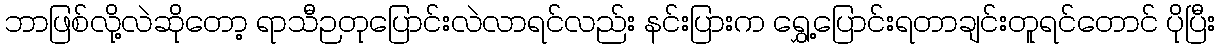
ဘာဖြစ်လို့လဲဆိုတော့ ရာသီဉတုပြောင်းလဲလာရင်လည်း နင်းပြားက ရွှေ့ပြောင်းရတာချင်းတူရင်တောင် ပိုပြီး